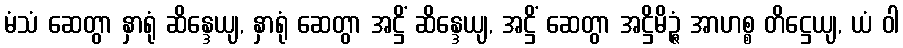
မံသံ ဆေတွာ နှာရုံ ဆိန္ဒေယျ, နှာရုံ ဆေတွာ အဋ္ဌိံ ဆိန္ဒေယျ, အဋ္ဌိံ ဆေတွာ အဋ္ဌိမိဉ္ဇံ အာဟစ္စ တိဋ္ဌေယျ, ယံ ဝါ